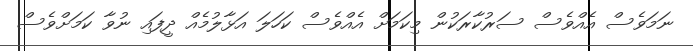
ނަމަވެސް އެއްވެސް ސަރުކާރަކުން މިކަމަށް އެއްވެސް ކަހަލަ އަޅާލުމެއް ދީފައި ނުވާ ކަމަށްވެސް